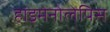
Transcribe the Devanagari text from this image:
हाइमेनोलेपिस